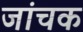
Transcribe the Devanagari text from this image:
जांचक